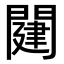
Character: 𨵭